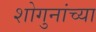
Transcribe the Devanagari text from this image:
शोगुनांच्या